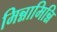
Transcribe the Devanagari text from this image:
मिन्नामिन्नि